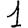
Digit: 1